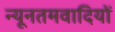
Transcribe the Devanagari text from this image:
न्यूनतमवादियों